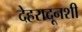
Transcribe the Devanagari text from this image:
देहरादूनशी